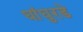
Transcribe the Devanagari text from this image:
घांघुरडे